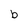
Character: b